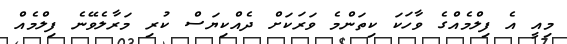
މިއީ އެ ފިލްމެއްގެ ވާހަކަ ކިތަންމެ ވަރަކަށް ދެއްކިޔަސް ކުރި މަރާލެވޭނެ ފިލްމެއް